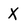
Character: X